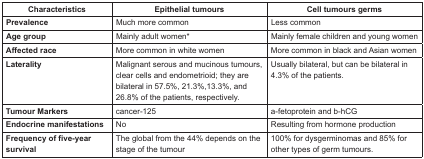
<table><thead><tr><td><b>Characteristics </b></td><td><b>Epithelial tumours </b></td><td><b>Cell tumours germs </b></td></tr></thead><tbody><tr><td><b>Prevalence</b></td><td>Much more common </td><td>Less common </td></tr><tr><td><b>Age group</b></td><td>Mainly adult women<sup>*</sup></td><td>Mainly female children and young women </td></tr><tr><td><b>Affected race</b></td><td>More common in white women </td><td>More common in black and Asian women </td></tr><tr><td><b>Laterality</b></td><td>Malignant serous and mucinous tumours, clear cells and endometrioid; they are bilateral in 57.5%, 21.3%,13.3%, and 26.8% of the patients, respectively. </td><td>Usually bilateral, but can be bilateral in 4.3% of the patients. </td></tr><tr><td><b>Tumour Markers</b></td><td>cancer-125 </td><td>a-fetoprotein and b-hCG </td></tr><tr><td><b>Endocrine manifestations</b></td><td>No </td><td>Resulting from hormone production </td></tr><tr><td><b>Frequency of five-year survival</b></td><td>The global from the 44% depends on the stage of the tumour </td><td>100% for dysgerminomas and 85% for other types of germ tumours. </td></tr></tbody></table>